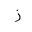
Letter: _zay